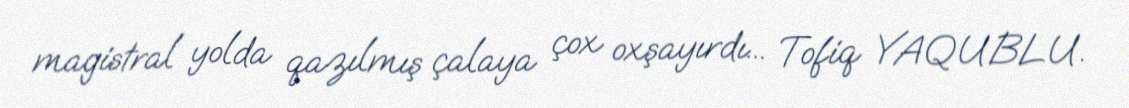
magistral yolda qazılmış çalaya çox oxşayırdı... Tofiq YAQUBLU.